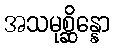
အသမုစ္ဆိန္နော